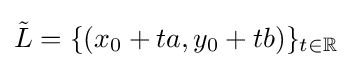
{\tilde {L}}=\{(x_{0}+ta,y_{0}+tb)\}_{t\in \mathbb {R} }